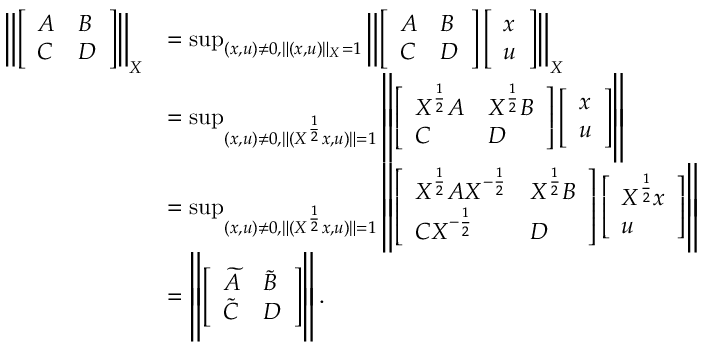
\begin{array} { r l } { \left\| \left[ \begin{array} { l l } { A } & { B } \\ { C } & { D } \end{array} \right] \right\| _ { X } } & { = \operatorname* { s u p } _ { ( x , u ) \neq 0 , \| ( x , u ) \| _ { X } = 1 } \left\| \left[ \begin{array} { l l } { A } & { B } \\ { C } & { D } \end{array} \right] \left[ \begin{array} { l } { x } \\ { u } \end{array} \right] \right\| _ { X } } \\ & { = \operatorname* { s u p } _ { ( x , u ) \neq 0 , \| ( X ^ { \frac { 1 } { 2 } } x , u ) \| = 1 } \left\| \left[ \begin{array} { l l } { X ^ { \frac { 1 } { 2 } } A } & { X ^ { \frac { 1 } { 2 } } B } \\ { C } & { D } \end{array} \right] \left[ \begin{array} { l } { x } \\ { u } \end{array} \right] \right\| } \\ & { = \operatorname* { s u p } _ { ( x , u ) \neq 0 , \| ( X ^ { \frac { 1 } { 2 } } x , u ) \| = 1 } \left\| \left[ \begin{array} { l l } { X ^ { \frac { 1 } { 2 } } A X ^ { - \frac { 1 } { 2 } } } & { X ^ { \frac { 1 } { 2 } } B } \\ { C X ^ { - \frac { 1 } { 2 } } } & { D } \end{array} \right] \left[ \begin{array} { l } { X ^ { \frac { 1 } { 2 } } x } \\ { u } \end{array} \right] \right\| } \\ & { = \left\| \left[ \begin{array} { l l } { \widetilde { A } } & { \widetilde { B } } \\ { \widetilde { C } } & { D } \end{array} \right] \right\| . } \end{array}